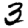
Digit: 3